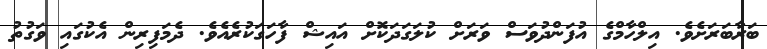
ބަރާބަރަށެވެ. އިލްހާމްގެ އުފަންދުވަސް ވަރަށް ކުލަގަދަކޮށް އައިޝް ފާހަގަކުރެއެވެ. ދެމަފިރިން އެކުގައި ވަގުތު